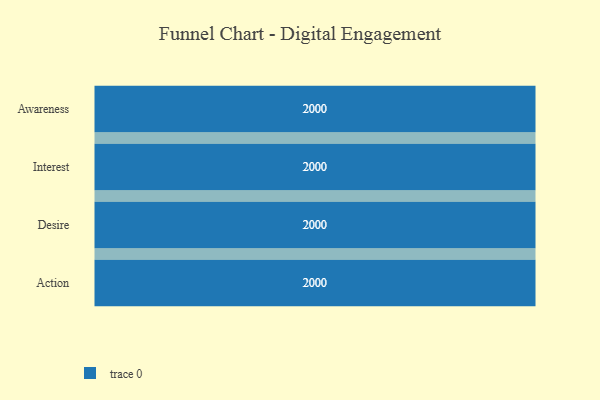
{"axis": {"x": "Stage", "y": "Value"}, "legend": [""], "data": [{"x": "Awareness", "y": 2000, "type": ""}, {"x": "Interest", "y": 2000, "type": ""}, {"x": "Desire", "y": 2000, "type": ""}, {"x": "Action", "y": 2000, "type": ""}]}